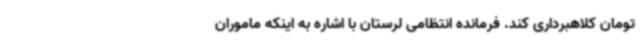
تومان کلاهبرداری کند. فرمانده انتظامی لرستان با اشاره به اینکه ماموران